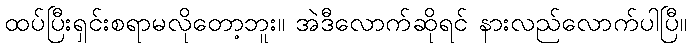
ထပ်ပြီးရှင်းစရာမလိုတော့ဘူး။ အဲဒီလောက်ဆိုရင် နားလည်လောက်ပါပြီ။